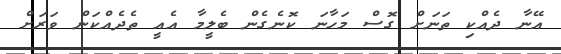
އޭނާ ދެއްކި ތަނަށް ގޮސް މަހާނަ ކޮނެގެން ބެލީމާ އެއީ ތެދެއްކަން ވަރަށް